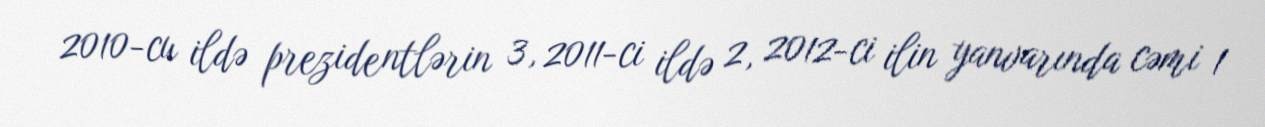
2010-cu ildə prezidentlərin 3, 2011-ci ildə 2, 2012-ci ilin yanvarında cəmi 1